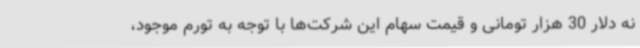
نه دلار 30 هزار تومانی و قیمت سهام این شرکت‌ها با توجه به تورم موجود،